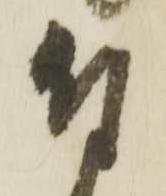
付